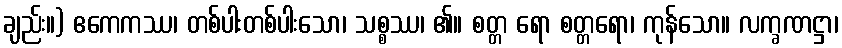
ချည်း။) ဧကေကဿ၊ တစ်ပါးတစ်ပါးသော၊ သစ္စဿ၊ ၏။ စတ္တ ရော စတ္တရော၊ ကုန်သော။ လက္ခဏဋ္ဌာ၊